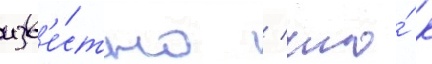
изв'е́стно / что́ к